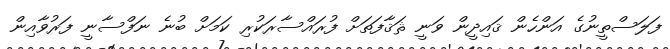
ފަލަސްތީނުގެ އަންހެން ޤައިދީން ވަނީ ޘަޤާފަތަށް ފުރައްސާރަކުރި ކަމަށް ބުނެ ނަފްސާނީ ފަރުވާއިން